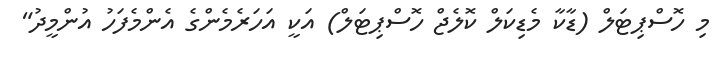
މި ހޮސްޕިޓަލް (ޑާކާ މެޑިކަލް ކޮލެޖް ހޮސްޕިޓަލް) އަކީ އަހަރެމެންގެ އެންމެފަހު އުންމީދު"